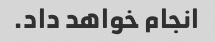
انجام خواهد داد.